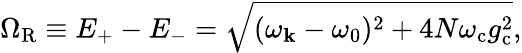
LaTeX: \Omega_{\mathrm{R}}\equiv E_{+}-E_{-}=\sqrt{(\omega_{\mathbf k}-\omega_{0})^{2}+4N\omega_{\mathrm{c}}g_{\mathrm{c}}^{2}},